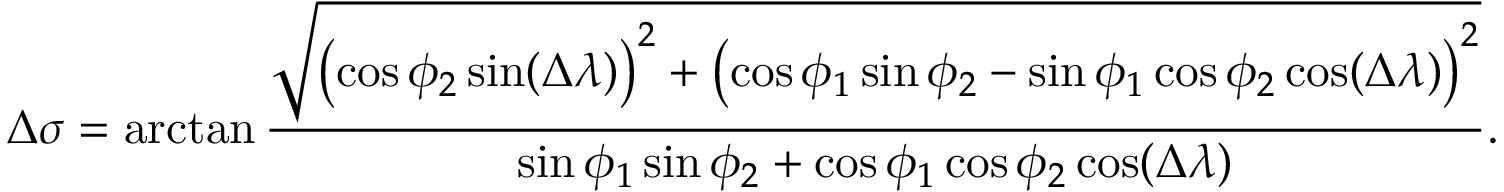
\Delta \sigma = \arctan { \frac { \sqrt { \left( \cos \phi _ { 2 } \sin ( \Delta \lambda ) \right) ^ { 2 } + \left( \cos \phi _ { 1 } \sin \phi _ { 2 } - \sin \phi _ { 1 } \cos \phi _ { 2 } \cos ( \Delta \lambda ) \right) ^ { 2 } } } { \sin \phi _ { 1 } \sin \phi _ { 2 } + \cos \phi _ { 1 } \cos \phi _ { 2 } \cos ( \Delta \lambda ) } } .